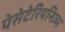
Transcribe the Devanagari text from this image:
पेसेटेरियनिज्म